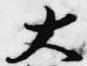
大